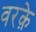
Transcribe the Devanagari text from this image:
वरक़े